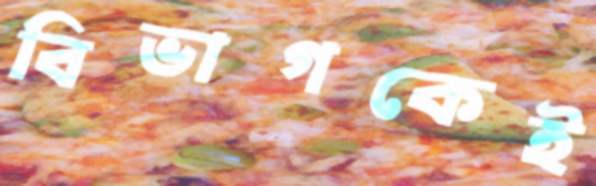
বিভাগকেই